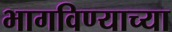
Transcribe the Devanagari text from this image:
भागविण्याच्या